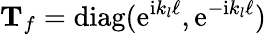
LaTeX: \mathbf T_{f}=\mathrm{diag}(\mathrm{e}^{\mathrm{i}k_{l}\ell},\mathrm{e}^{-\mathrm{i}k_{l}\ell})